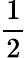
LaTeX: \frac{1}{2}